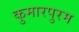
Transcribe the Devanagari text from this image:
कुमारपुरम